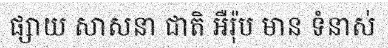
ផ្សាយ សាសនា ជាតិ អឺរ៉ុប មាន ទំនាស់